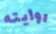
روايته